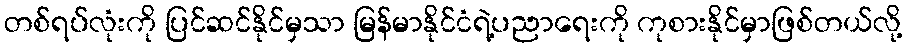
တစ်ရပ်လုံးကို ပြင်ဆင်နိုင်မှသာ မြန်မာနိုင်ငံရဲ့ပညာရေးကို ကုစားနိုင်မှာဖြစ်တယ်လို့